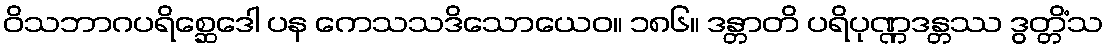
ဝိသဘာဂပရိစ္ဆေဒေါ ပန ကေသသဒိသောယေဝ။ ၁၈၆။ ဒန္တာတိ ပရိပုဏ္ဏဒန္တဿ ဒွတ္တိံသ